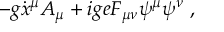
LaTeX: - g \dot { x } ^ { \mu } A _ { \mu } + i g e F _ { \mu \nu } \psi ^ { \mu } \psi ^ { \nu } \; ,